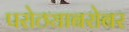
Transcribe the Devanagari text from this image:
परोठ्याबरोबर